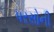
પરસોની